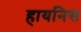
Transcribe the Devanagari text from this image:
हायनिस